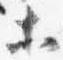
等